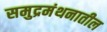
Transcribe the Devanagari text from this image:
समुद्रमंथनातील